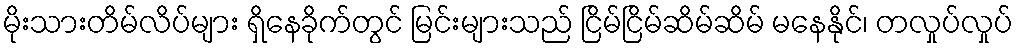
မိုးသားတိမ်လိပ်များ ရှိနေခိုက်တွင် မြင်းများသည် ငြိမ်ငြိမ်ဆိမ်ဆိမ် မနေနိုင်၊ တလှုပ်လှုပ်